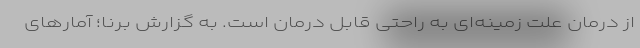
از درمان علت زمینه‌ای به راحتی قابل درمان است. به گزارش برنا؛ آمار‌های